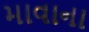
માવાના